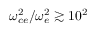
\omega _ { c e } ^ { 2 } / \omega _ { e } ^ { 2 } \gtrsim 1 0 ^ { 2 }